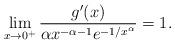
LaTeX: \begin{align*} \lim_{x\to 0^+} \frac{g'(x)}{\alpha x^{-\alpha-1} e^{-1/x^\alpha}}=1.\end{align*}